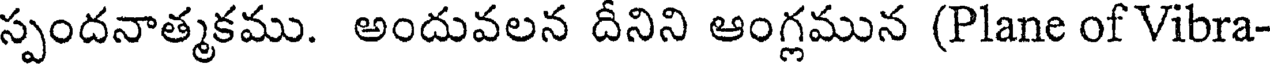
స్పందనాత్మకము. అందువలన దీనిని ఆంగ్లమున (Plane of Vibra-